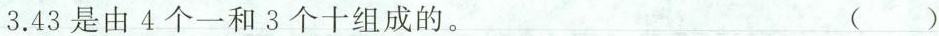
3.43是由4个一和3个十组成的。 ( )